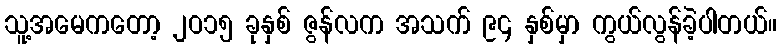
သူ့အမေကတော့ ၂ဝ၁၅ ခုနှစ် ဇွန်လက အသက် ၉၄ နှစ်မှာ ကွယ်လွန်ခဲ့ပါတယ်။